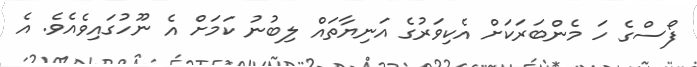
ފޯސްގެ ހަ މެންބަރަކަށް އެކިވަރުގެ އަނިޔާތައް ލިބުނު ކަމަށް އެ ނޫހުގައިވެއެވެ. އެ